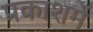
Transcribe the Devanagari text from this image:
प्रकाशमें